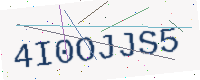
Text: 4I0OJJS5